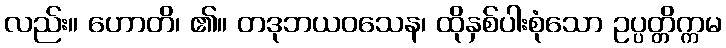
လည်း။ ဟောတိ၊ ၏။ တဒုဘယဝသေန၊ ထိုနှစ်ပါးစုံသော ဥပ္ပတ္တိက္ကမ